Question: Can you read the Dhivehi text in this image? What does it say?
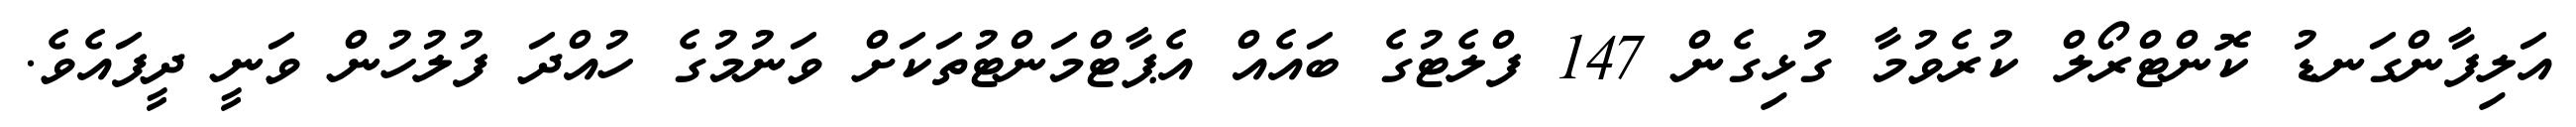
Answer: އަލިފާންގަނޑު ކޮންޓްރޯލް ކުރެވުމާ ގުޅިގެން 147 ފްލެޓުގެ ބައެއް އެޕާޓްމަންޓުތަކަށް ވަނުމުގެ ހުއްދަ ފުލުހުން ވަނީ ދީފައެވެ.